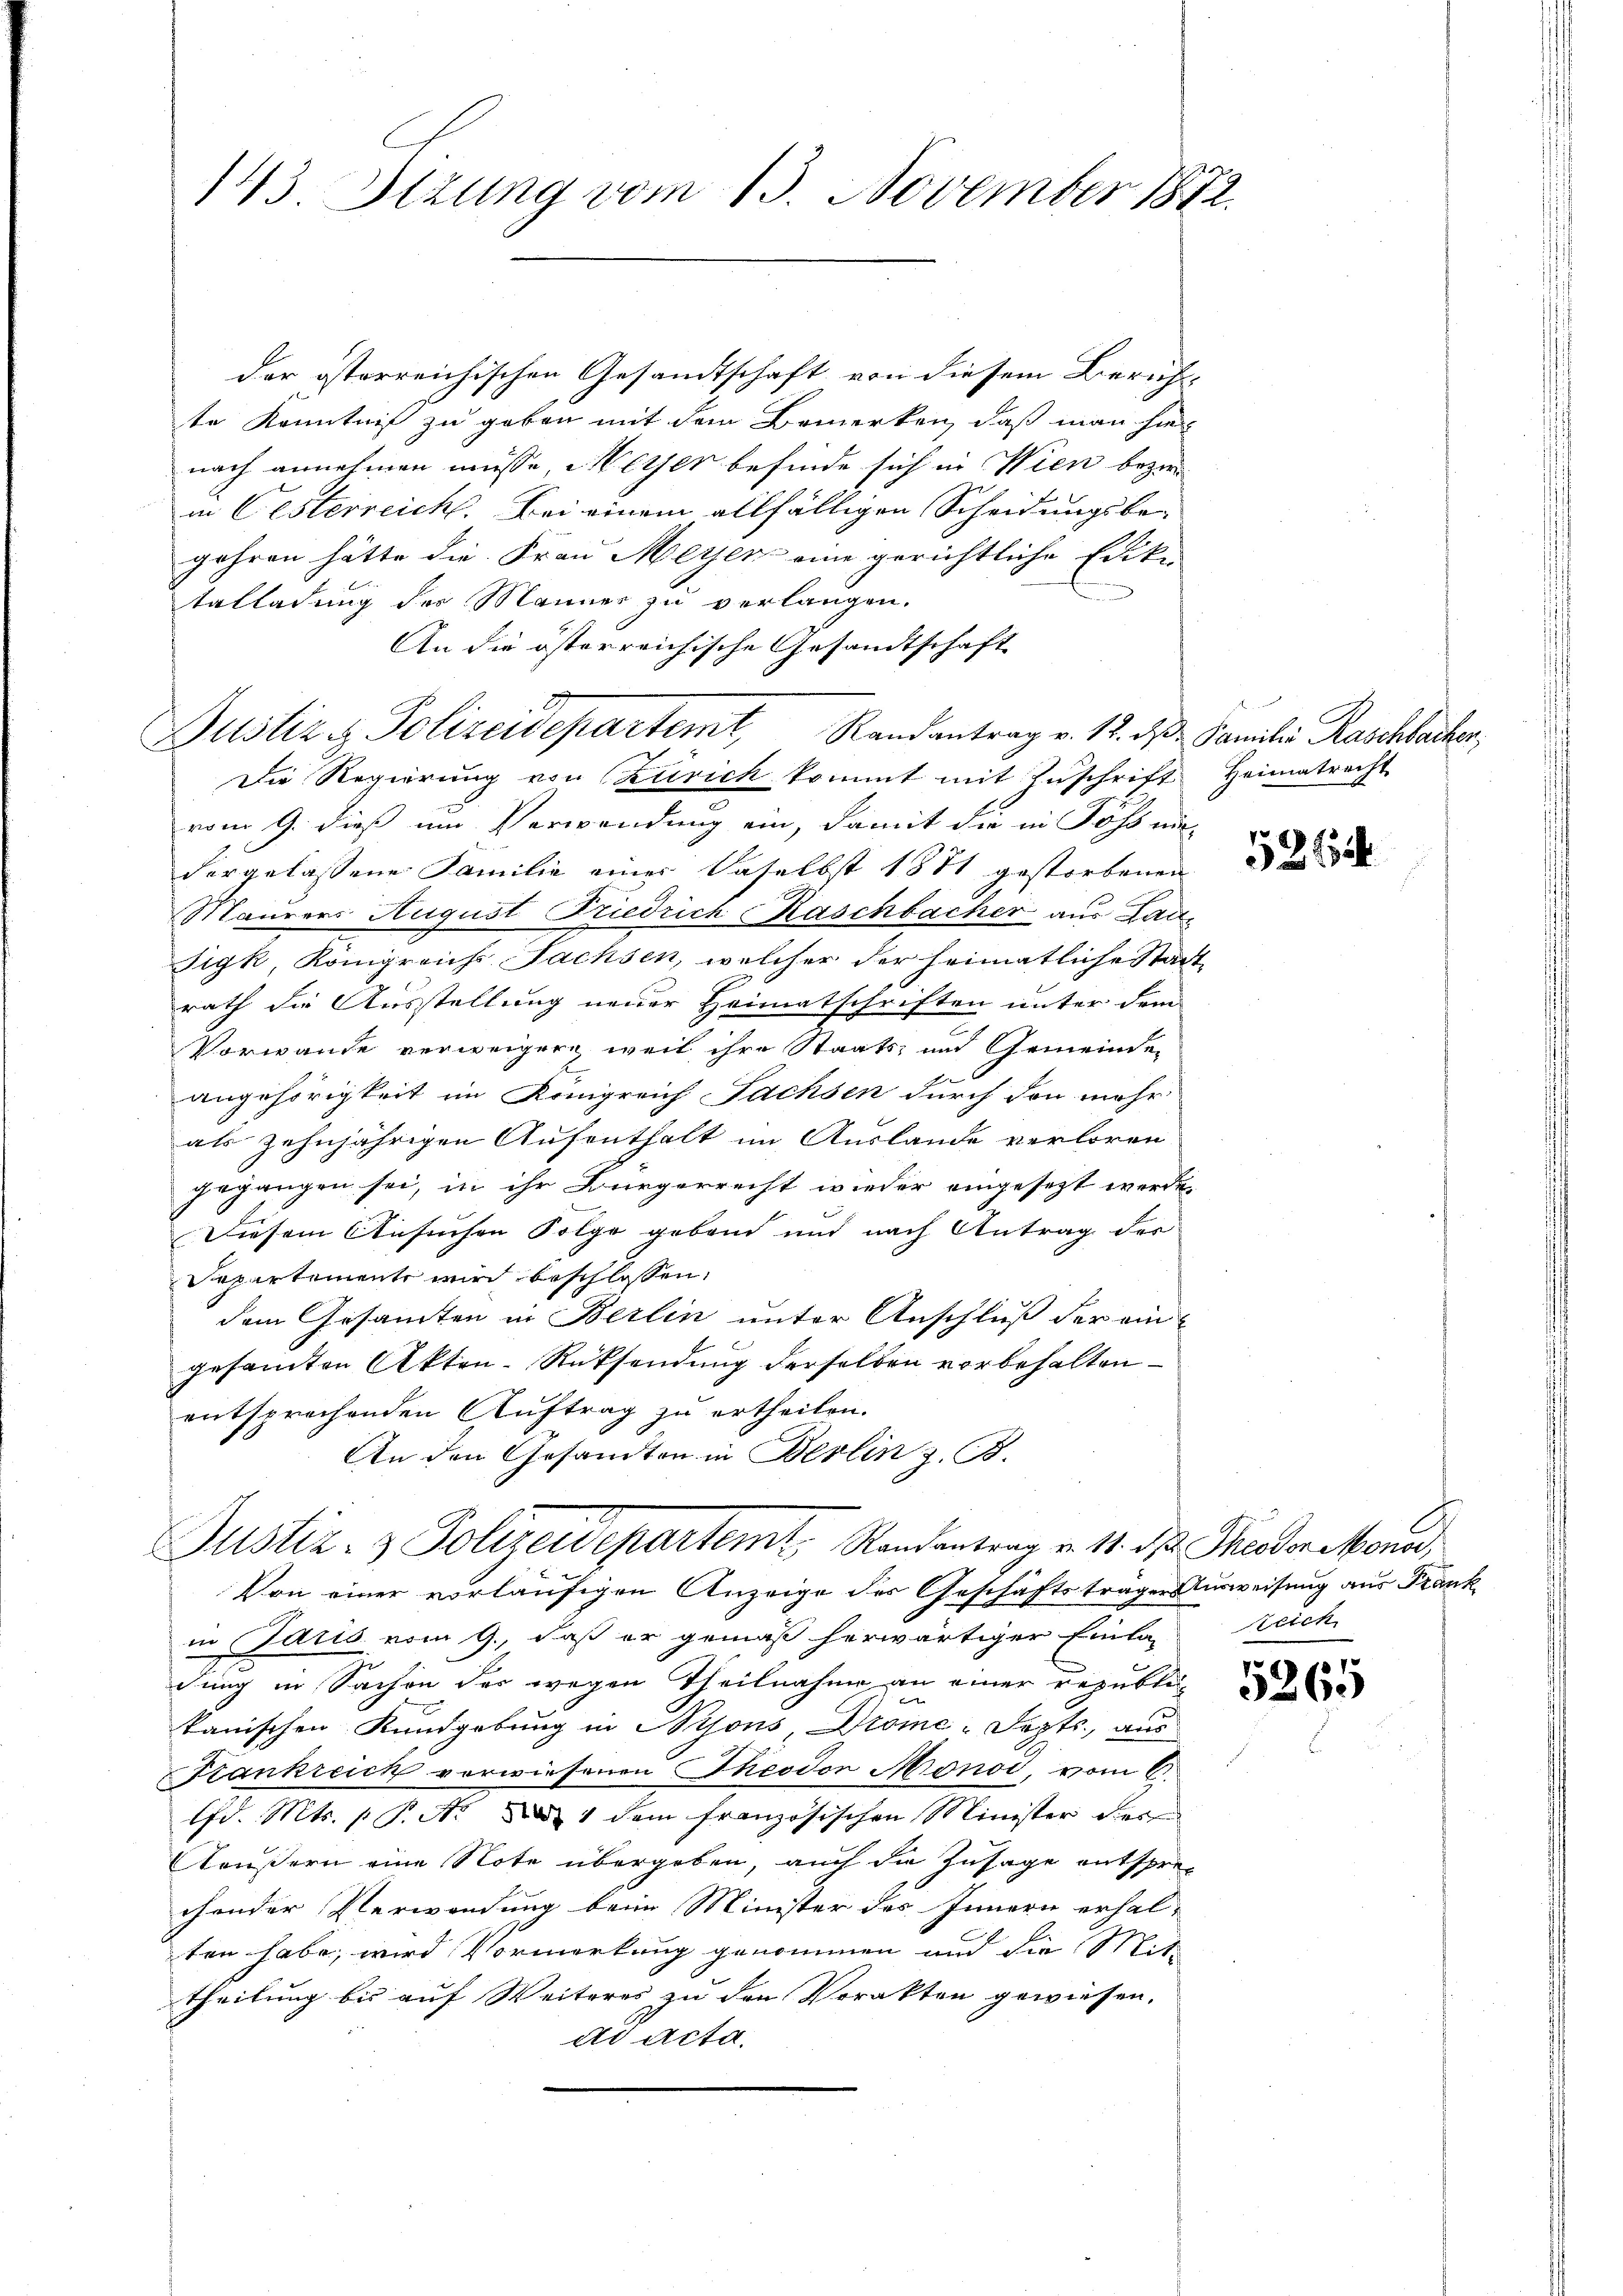
der österreichischen Gesandtschaft von diesem Bericht
ste Kenntniß zu geben mit dem Bemerken, daß man hie
nach annehmen müsse, Meter befinde sich in Wien bezie
in Cesterreich. Bei einem allfälligen Scheidungsbe-
gehren hätte die Frau Meyer eine gerichtliche Edike
talladung des Männer zu verlangen.
An die österreichische Gesandtschaft
Justiz & Polizeidepartemt, Randantrag v. 12. ds. Familie Raschbarker,
Die Regierung von Zürich kommt mit Zuschrift Heimatrecht
vom 9. dieß um Verwendung ein, damit die in Foss ni
dergelassene Familie einer daselbst 1871 gestorbenen
Maurers August Friedrich Kaschbacher aus Lan¬
Sigk, Königreichs Sachsen, welcher der heimatliche Statrath die Ausstellung neuer Heimatschriften unter dem
Vorwande verweigern, weil ihre Staats- und Gemeinden
angehörigkeit im Königreich Fachsen durch den mehr
als zehnjährigen Aufenthalt im Auslande verloren
gegangen sei, in ihr Bürgerrecht wieder eingesezt werde.
Diesem Ansuchen Folge geband und nach Antrag der
Separtemente wird beschlossen:
dem Gesammten in Berlin unter Anschluß der ein-
gesamten Akten-Rücksendung derselben vorbehaltenentsprochenden Auftrag zu ertheilen.
An den Gesandten in Berlin z. B.
Justiz- & Polizeidepartem Randantrag v. 11. d. Theodor Monar,
Von einer vorläufigen Anzeige des Geschäftsträger Ausweisung aus Frank
in Paris vom 9., daß er gemäß herwärtiger Einta Reich
dung in Sachen der wegen Theilnahme an einer Republi-
kanischen Rundgebung in Nyons, Drome Septs, aus
Frankreich verwiesenen Theodor Monod, vom 6.
lfd. Mts. 1 P. Nr. . 1 dem französischen Minister des
täußern eine Note übergeben, auch die Zusage entsprechender Verwendung beim Minister des Innern erhal-
ten habe, wird Vormerkung genommen und die Mit
theilung bis auf Weiteres zu den Vorakten gewiesen.
ad Acta.

143. Stzung vom 13. November 1872.

5261

5265